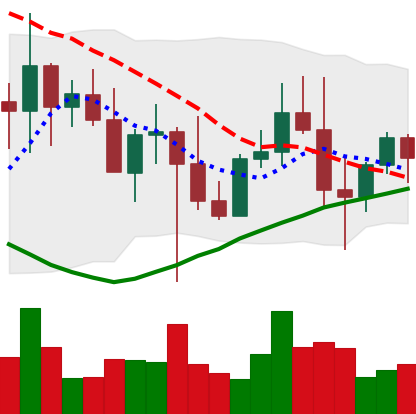
Ticker: XMR-USD
Chart end date: 2022-10-24
Forward return: 3.987%
Label: up_3_5